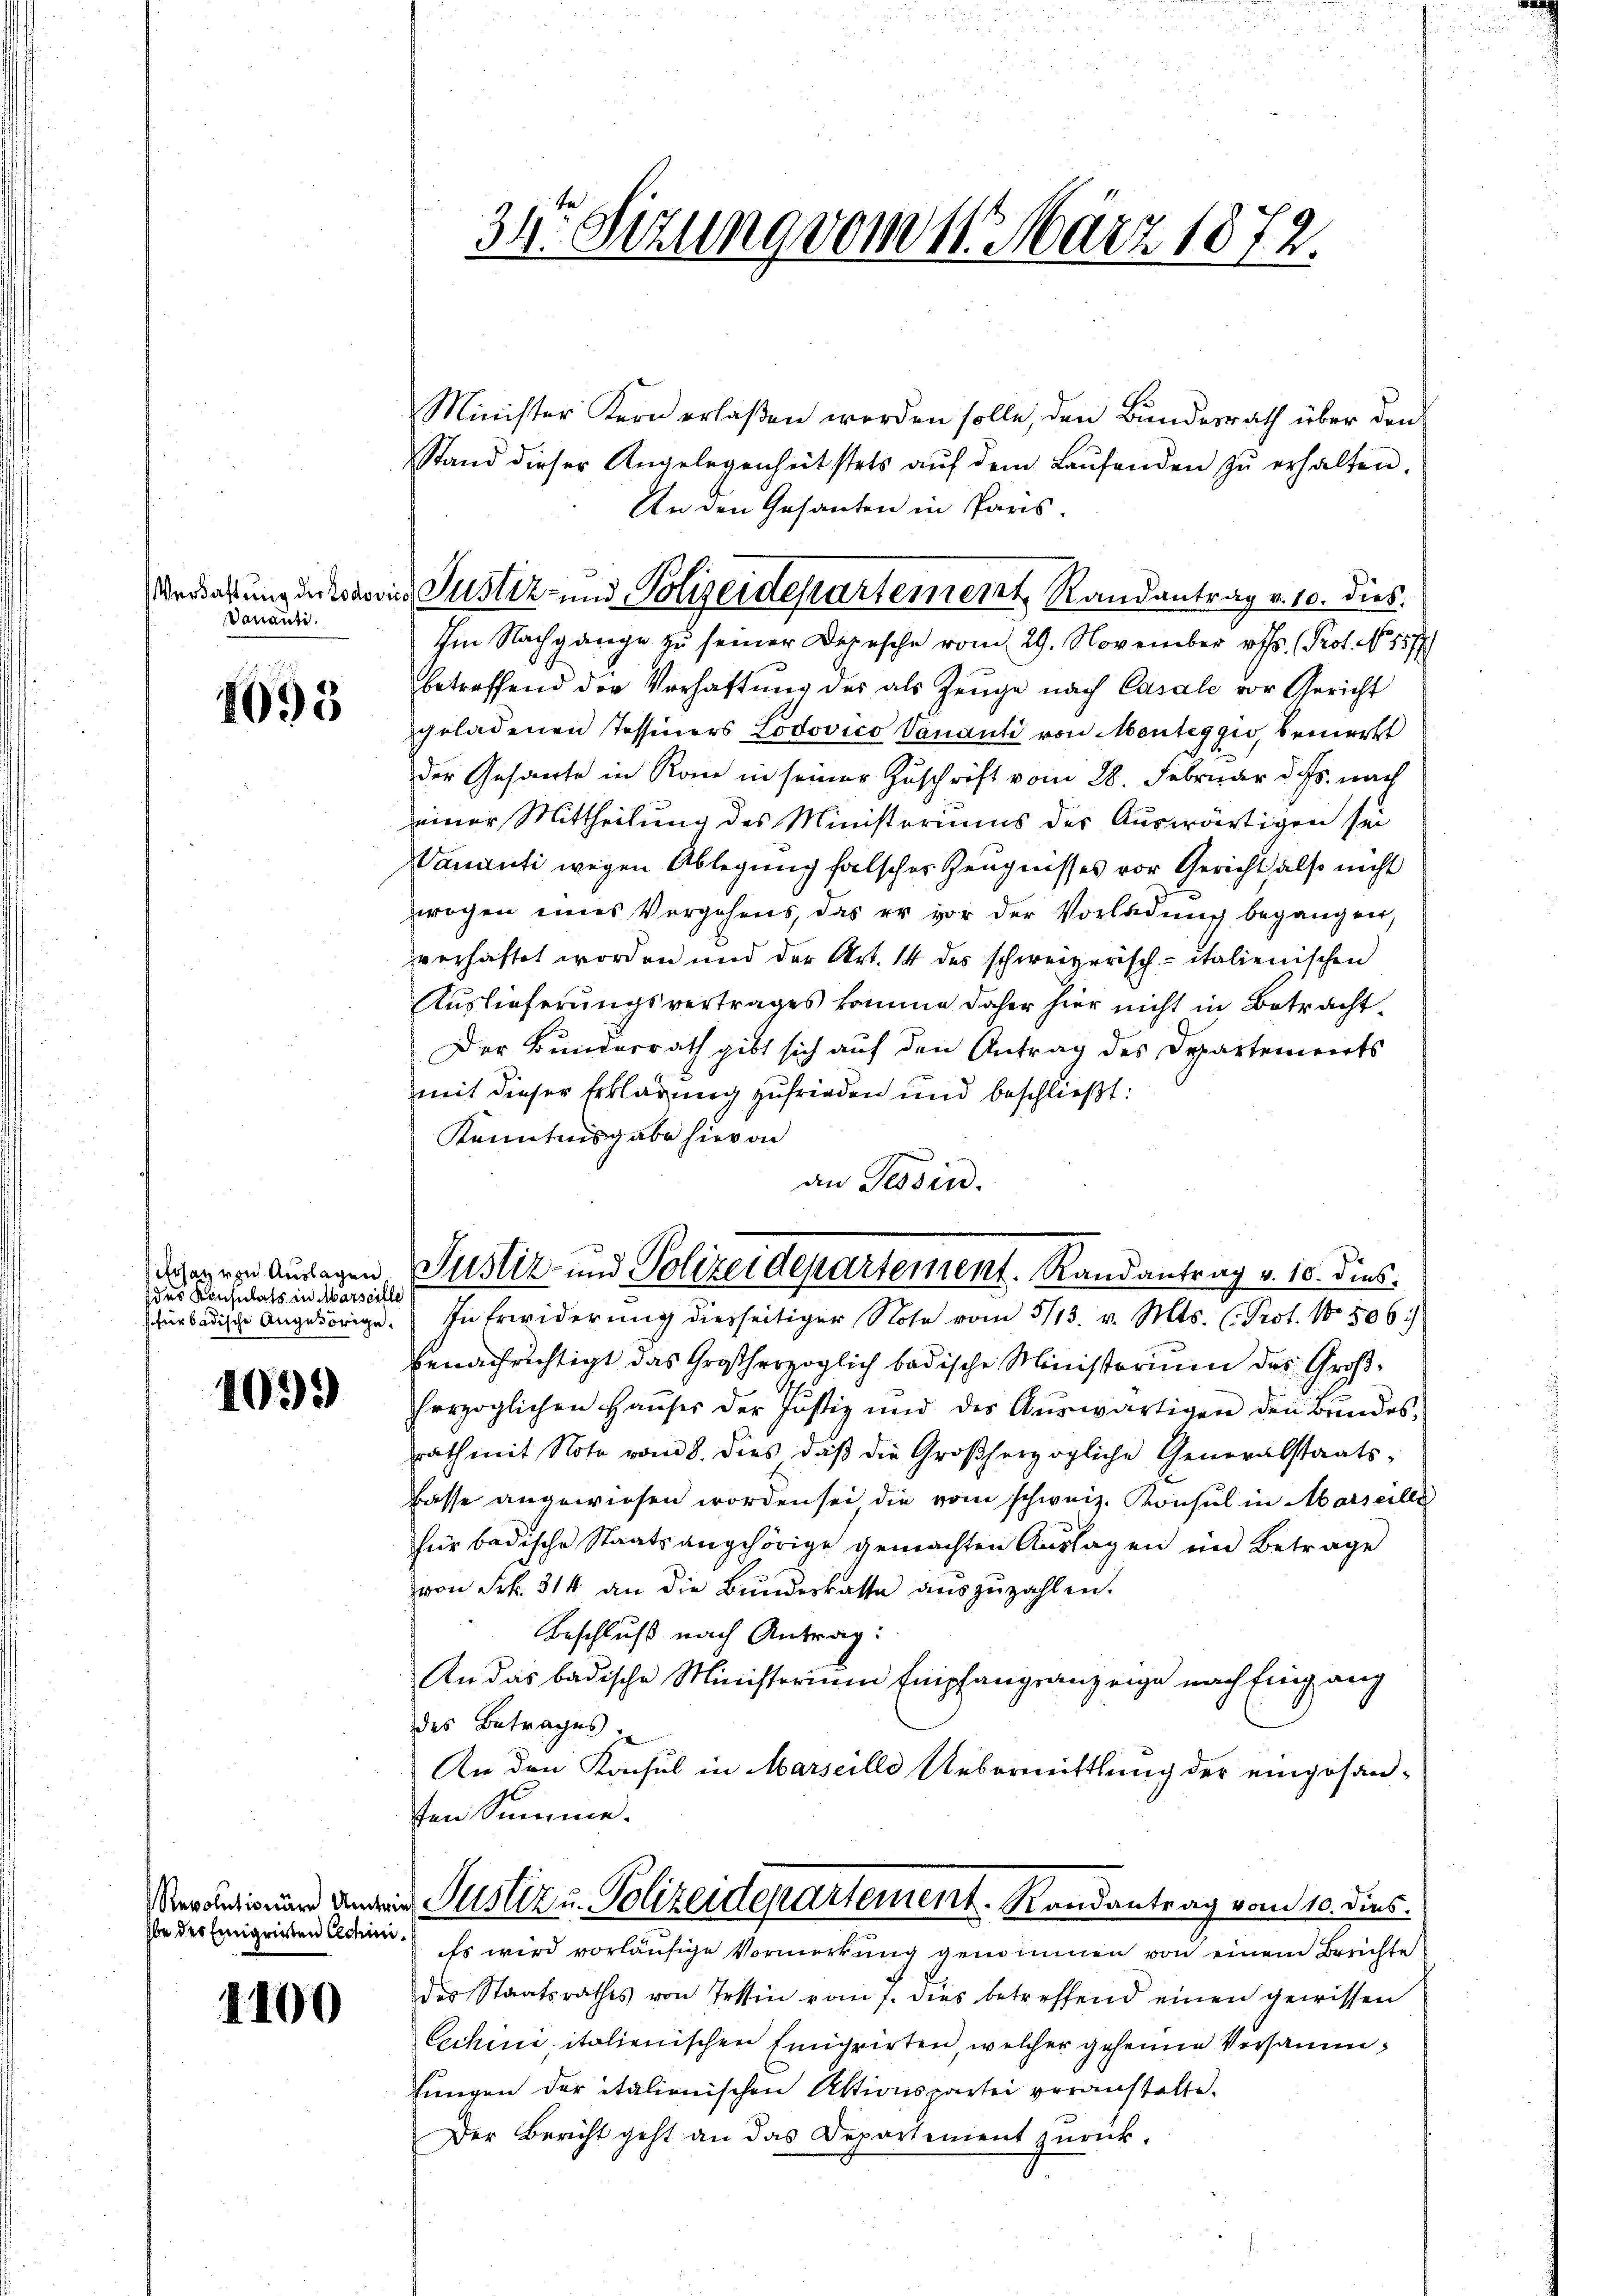
Dauanti.

1095

Ersatz von Auslagen.
des Konsulats in Marseille

1099

Obe der Emigrirten Cechini¬

1100

3t Setzung vom 11. März 1872.

Minister Kern erlaßen worden solle, den Bundesrath über den
Stand dieser Angelegenheit stets aŭf dem Laŭfenden zŭ erhalten.
An den Gesanten in Paris.
Im Nachgange zu seiner Depesche vom 29. November rth. Prof. No 1877
betreffend der Verhaltŭng der als Zeuge nach Casale vor Gericht
geladenen Tessiners Lodovico Vananti von Monteggio, bemerkt
der Gesante in Rone in seiner Zuschrift vom 28. Februar d. Js. nach
einer Mittheilung des Ministeriums der Auswärtigen sei
Wamanti wegen Ablegung falscher Zeugnisses vor Gericht also nicht
wogen eines Vorgehens, das er vor der Vorladung begangen,
verhaftet worden und der Art. 14 des schweizerisch-italienischen
Auslieferungsvertrages komme daher hier nicht in Betracht¬
Der Bunderrath gibt sich auf den Antrag des Departements
mit dieser Erklärung zufrieden und beschließt:
Kenntnisgabe hievon
an Tessin.
benachrichtigt das Großherzoglich badische Ministorium des Großherzoglichen Haŭses der Justiz und des Aŭswärtigen den Bŭndes-
rath mit Note vom 8. dies, daβ die Großherzogliche Generalstaats-
Casse angewiesen worden sei die vom schweiz. Konsul in Marseille
für badische Staatsangehörige gemachten Auslagen im Betrage
von Frk. 314 an die Bundesrathe auszuzahlen.
Beschluß nach Antrag:
An das badische Ministerium Empfangsanzeige nach Eingang
des Betrages.
An den Konsul in Marseille Uebermittlung der eingesanten Summe
Verändignung angen Pustiz u. Polizeidepartement. Randantrag vom 10. dies
Es wird vorläufige Vormerkung genommen von einem Berichte
des Staatsrathes von Tessin vom 1. dies betreffend einen gewissen
Cechini, italienischen Emigrirten, welcher geheime Versammhungen der italienischen Aktionswartei veranstalte.
Der Bericht geht an das Departement zurück-

Verdachtung in Maria Justiz- und Polizeidepartement Randantrag v. 10. dies

Justiz- und Polizeidepartement. Randantrag v. 10. dies
schürbadische Angehörige. In Erwiderung diesseitiger Note vom 5/13. v. Mts. (Prot. No 506.)